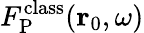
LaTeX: F_{\mathrm{P}}^{\mathrm{class}}({\mathbf r}_{0},\omega)